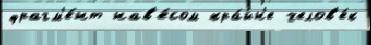
фрагм'е́нт нав'е́сом кра́йн'е челов'е́к